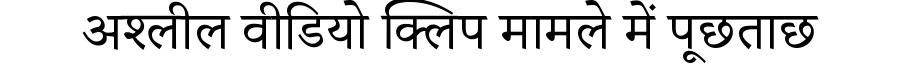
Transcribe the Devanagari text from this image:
अश्लील वीडियो क्लिप मामले में पूछताछ